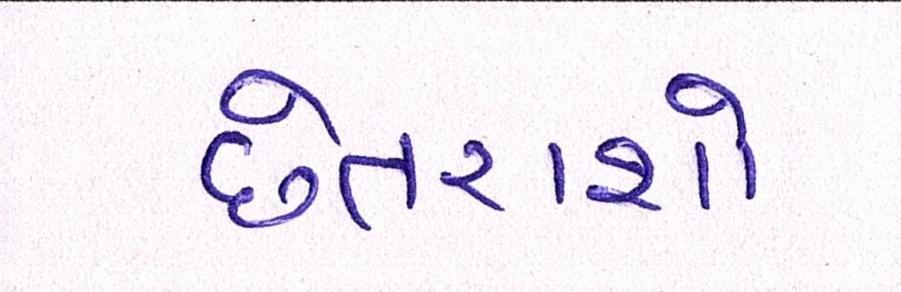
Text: છેતરાશો